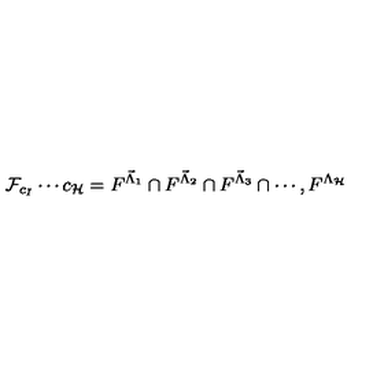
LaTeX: \mathcal { F } _ { c _ { I } } \cdots c _ { \mathcal { H } } = F ^ { \vec { \Lambda } _ { 1 } } \cap F ^ { \vec { \Lambda } _ { 2 } } \cap F ^ { \vec { \Lambda } _ { 3 } } \cap \cdots , F ^ { \Lambda _ { \mathcal { H } } }